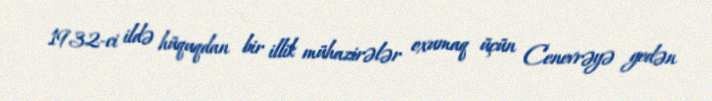
1932-ci ildə hüquqdan bir illik mühazirələr oxumaq üçün Cenevrəyə gedən